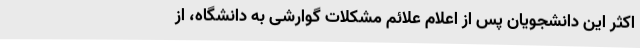
اکثر این دانشجویان پس از اعلام علائم مشکلات گوارشی به دانشگاه، از